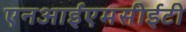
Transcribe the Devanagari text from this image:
एनआईएमसीईटी